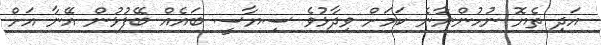
އަދި ތެޔޮ ނުހުންނާނެ ކަމަށް ވިދާޅުވެ ސިޔާސީ ބައެއް ބޭފުޅުން އޭނާ އަށް